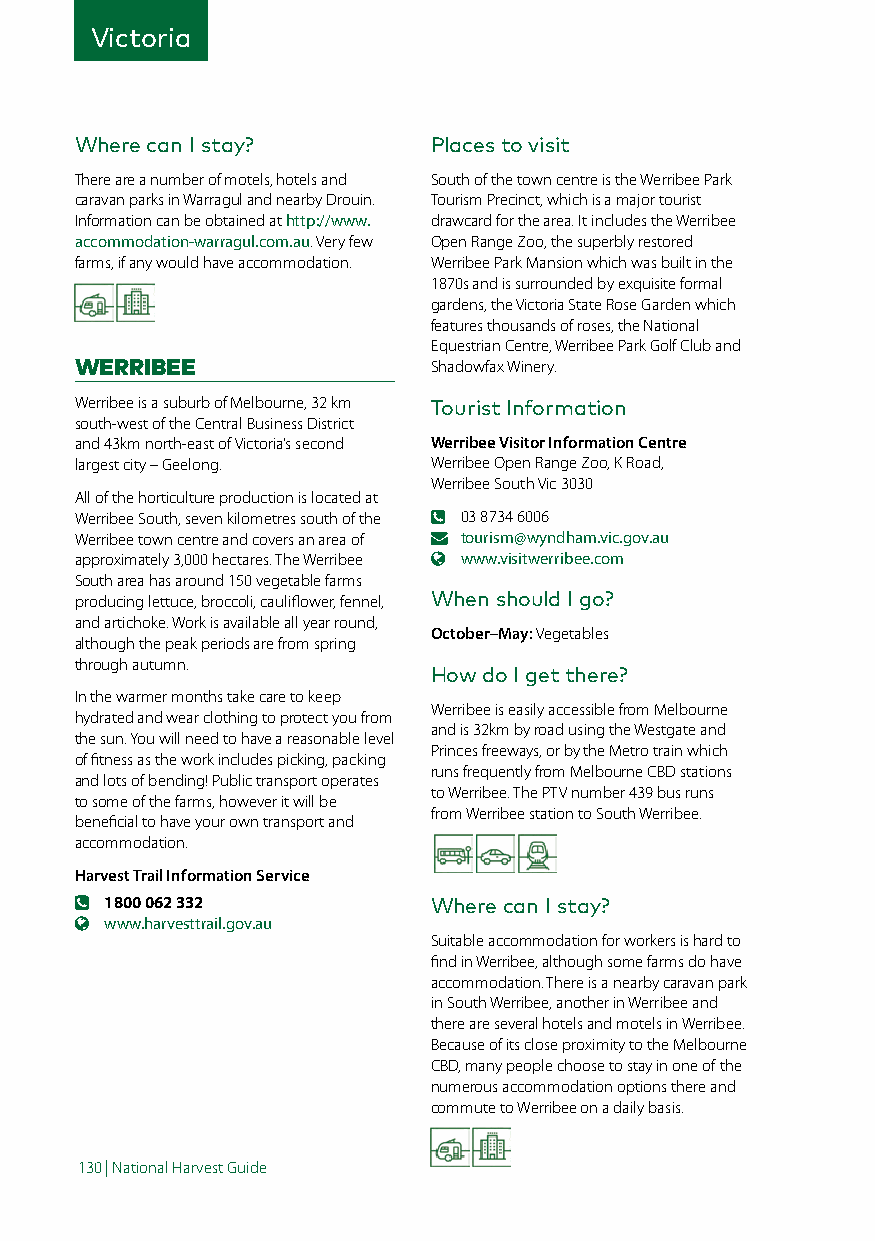
Victoria
 Where can I stay?      Places to visit
 There are a number of motels, hotels and South of the town centre is the Werribee Park
 caravan parks in Warragul and nearby Drouin. Tourism Precinct, which is a major tourist
 Information can be obtained at http://www. drawcard for the area. It includes the Werribee
 accommodation-warragul.com.au. Very few Open Range Zoo, the superbly restored
 farms, if any would have accommodation. Werribee Park Mansion which was built in the
 1870s and is surrounded by exquisite formal
 gardens, the Victoria State Rose Garden which
 features thousands of roses, the National
 Equestrian Centre, Werribee Park Golf Club and
 WERRIBEE               Shadowfax Winery.
 Werribee is a suburb of Melbourne, 32 km Tourist Information
 south-west of the Central Business District
 and 43km north-east of Victoria’s second Werribee Visitor Information Centre
 largest city – Geelong. Werribee Open Range Zoo, K Road,
 Werribee South Vic 3030
 All of the horticulture production is located at
 Werribee South, seven kilometres south of the 03 8734 6006
 Werribee town centre and covers an area of tourism@wyndham.vic.gov.au
 approximately 3,000 hectares. The Werribee www.visitwerribee.com
 South area has around 150 vegetable farms
 producing lettuce, broccoli, cauliflower, fennel, When should I go?
 and artichoke. Work is available all year round,
 October–May: Vegetables
 although the peak periods are from spring
 through autumn.
 How do I get there?
 In the warmer months take care to keep
 Werribee is easily accessible from Melbourne
 hydrated and wear clothing to protect you from
 and is 32km by road using the Westgate and
 the sun. You will need to have a reasonable level
 Princes freeways, or by the Metro train which
 of fitness as the work includes picking, packing
 runs frequently from Melbourne CBD stations
 and lots of bending! Public transport operates
 to Werribee. The PTV number 439 bus runs
 to some of the farms, however it will be
 from Werribee station to South Werribee.
 beneficial to have your own transport and
 accommodation.
 Harvest Trail Information Service
 1800 062 332         Where can I stay?
 www.harvesttrail.gov.au
 Suitable accommodation for workers is hard to
 find in Werribee, although some farms do have
 accommodation. There is a nearby caravan park
 in South Werribee, another in Werribee and
 there are several hotels and motels in Werribee.
 Because of its close proximity to the Melbourne
 CBD, many people choose to stay in one of the
 numerous accommodation options there and
 commute to Werribee on a daily basis.
 130 | National Harvest Guide